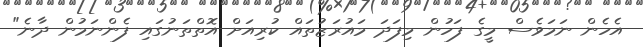
އެހެން ނަމަވެސް މީގެ ފަހުން މިފަދަ މައުރަޒުތައް ކުރިއަށް އޮތްތަނުގައި ފެންނަމުން ދާނެ"